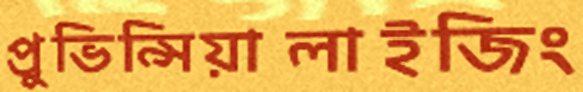
প্রুভিন্সিয়ালাইজিং